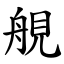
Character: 䚀